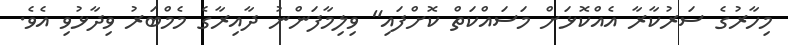
މިހާރުގެ ސަރުކާރާ އެއްކޮޅަށް މަސައްކަތް ކޮށްފައި" ވިލިމާފަންނު ދާއިރާގެ މެމްބަރު ވިދާޅުވި އެވެ.